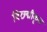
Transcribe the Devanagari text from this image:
विछद्मीकृत